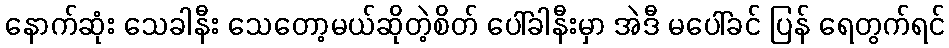
နောက်ဆုံး သေခါနီး သေတော့မယ်ဆိုတဲ့စိတ် ပေါ်ခါနီးမှာ အဲဒီ မပေါ်ခင် ပြန် ရေတွက်ရင်